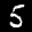
Label: 5